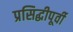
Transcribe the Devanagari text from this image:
प्रसिद्धीपूर्वी